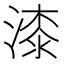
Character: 漆